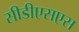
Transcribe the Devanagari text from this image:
सीडीएसएस